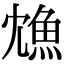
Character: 𩵫